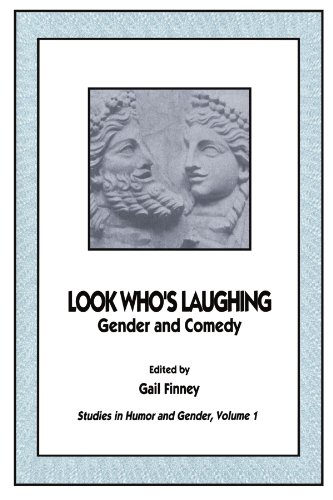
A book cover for Look Who's Laugh:Stud/Gender/C (Documenting the Image,); Finney; Gay & Lesbian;